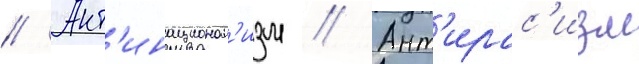
// Ант'инационал'изм // Ант'ирас'изм